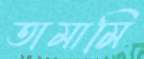
তামামি